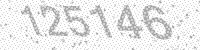
Solution: 125146